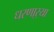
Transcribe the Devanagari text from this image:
धरणा्र्‍या